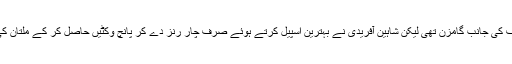
ایک موقع پر ملتان سلطانز کی ٹیم بڑے ہدف کی جانب گامزن تھی لیکن شاہین آفریدی نے بہترین اسپیل کرتے ہوئے صرف چار رنز دے کر پانچ وکٹیں حاصل کر کے ملتان کی بڑے اسکور کی امیدوں پر پانی پھیر دیا۔